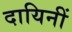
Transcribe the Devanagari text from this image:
दायिनीं